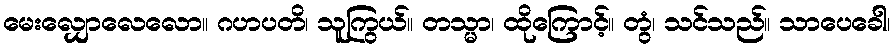
မေးလျှောလေလော။ ဂဟပတိ၊ သူကြွယ်။ တသ္မာ၊ ထိုကြောင့်။ တွံ၊ သင်သည်။ သာပေခေါ၊